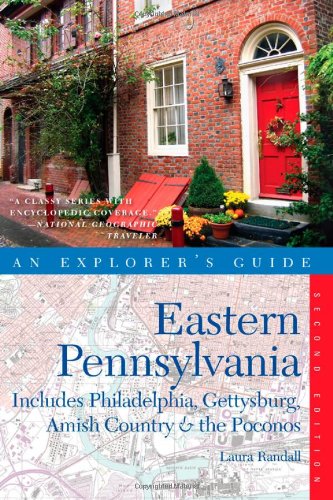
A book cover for Explorer's Guide Eastern Pennsylvania: Includes Philadelphia, Gettysburg, Amish Country & the Poconos (Second Edition)  (Explorer's Complete); Laura Randall; Travel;